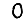
Digit: 0